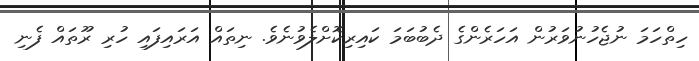
ހިތްހަމަ ނުޖެހުނުވަރުން އަހަރެންގެ ދެބުބަމަ ކައިރިކޮށްލެވުނެވެ. ނިތައް އަރައިފައި ހުރި ރޫތައް ފެނި